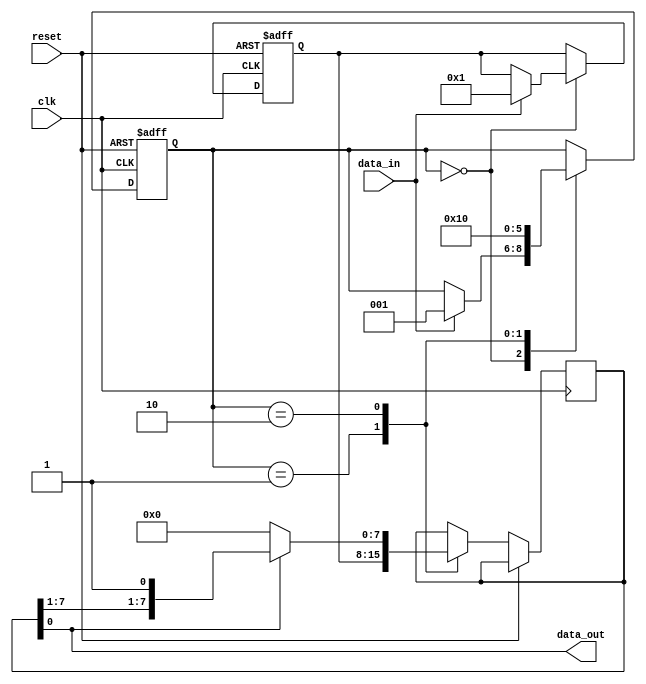
module spi_timing_control_and_sync (
    input wire clk, // Clock signal input
    input wire reset, // Reset signal input
    input wire data_in, // Data input from master device
    output wire data_out // Data output to slave device
);

// Define internal signals and registers
reg [7:0] data_buffer; // Data buffer for storing incoming data
reg [7:0] data_out_reg; // Data output register for transmitting data to slave device

// State machine for managing timing and synchronization
reg [2:0] state; // State variable
parameter IDLE = 3'b000;
parameter RECEIVE = 3'b001;
parameter TRANSMIT = 3'b010;

always @(posedge clk or posedge reset) begin
    if (reset) begin
        state <= IDLE;
        data_buffer <= 8'b0;
    end else begin
        case (state)
            IDLE: begin
                if (data_in) begin
                    state <= RECEIVE;
                    data_buffer <= data_in;
                end
            end
            RECEIVE: begin
                state <= TRANSMIT;
                data_out_reg <= data_buffer;
            end
            TRANSMIT: begin
                state <= IDLE;
                if (!data_out) begin
                    data_out_reg <= 8'b0;
                end
            end
        endcase
    end
end

assign data_out = data_out_reg;

endmodule